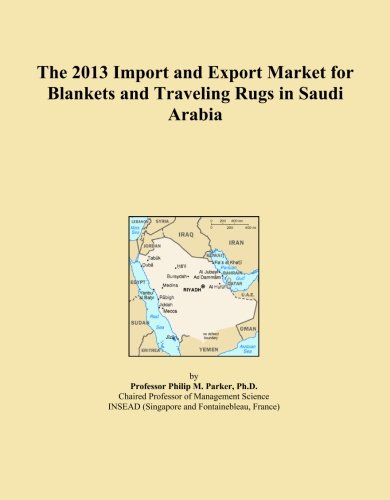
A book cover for The 2013 Import and Export Market for Blankets and Traveling Rugs in Saudi Arabia; Icon Group International; Travel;